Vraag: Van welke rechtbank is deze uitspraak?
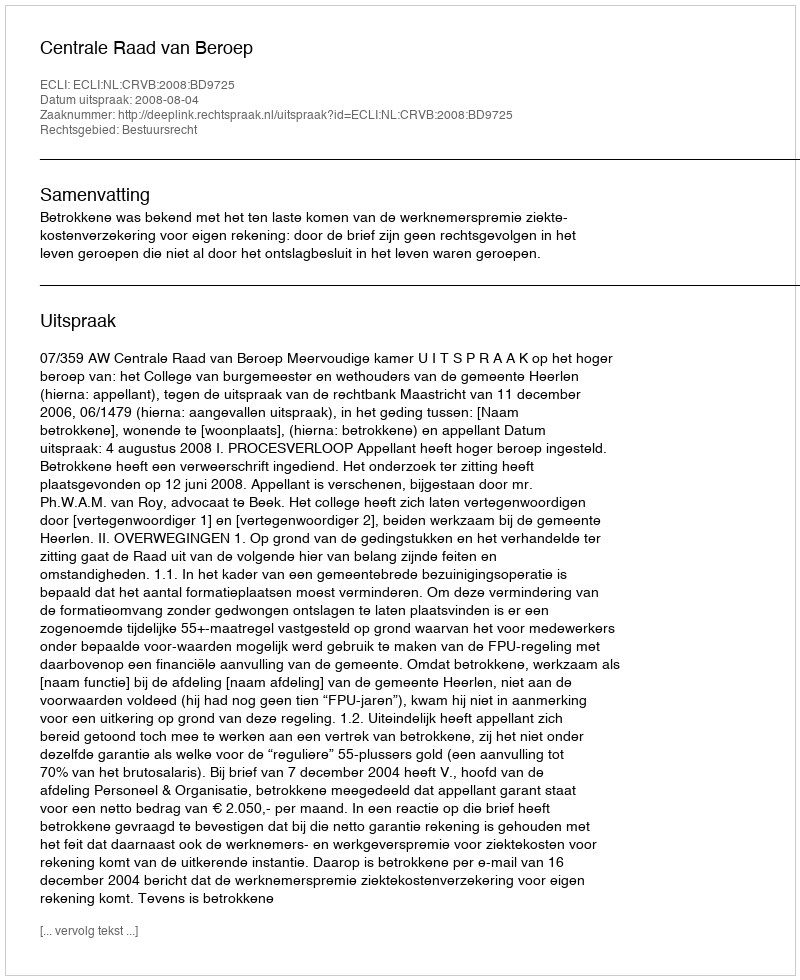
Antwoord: Centrale Raad van Beroep